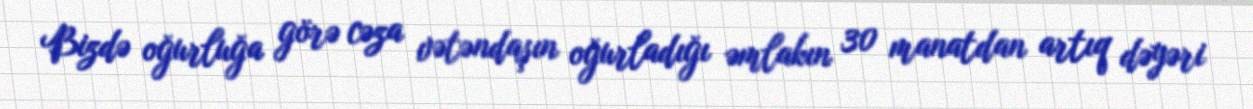
Bizdə oğurluğa görə cəza vətəndaşın oğurladığı əmlakın 30 manatdan artıq dəyəri